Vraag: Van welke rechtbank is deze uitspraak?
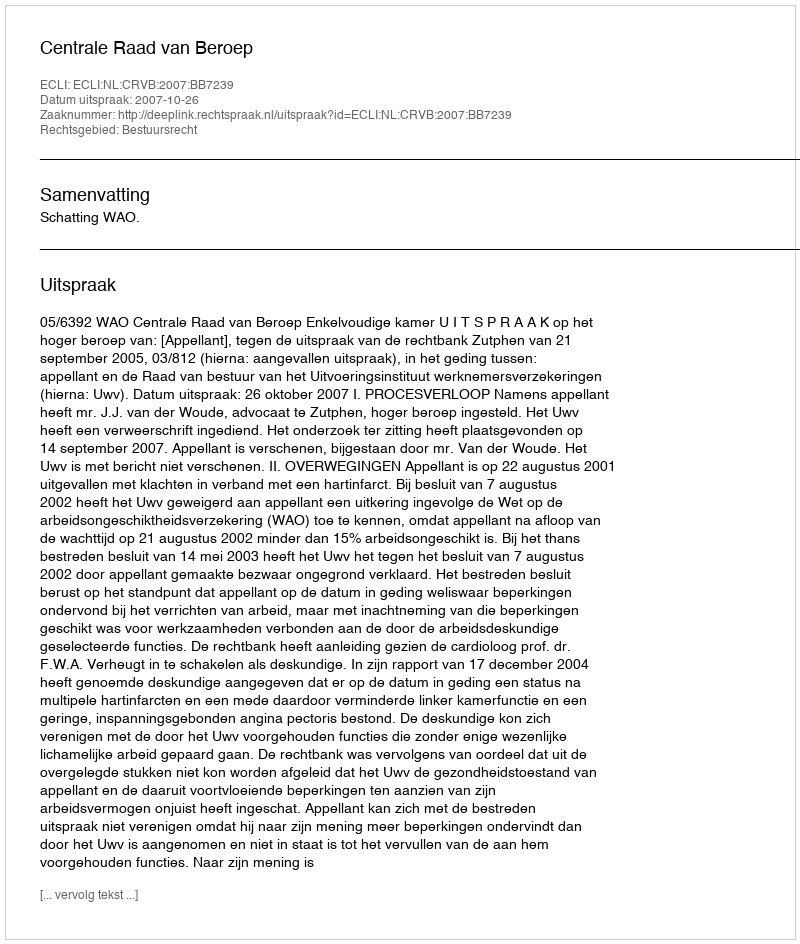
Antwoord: Centrale Raad van Beroep